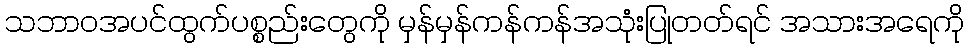
သဘာဝအပင်ထွက်ပစ္စည်းတွေကို မှန်မှန်ကန်ကန်အသုံးပြုတတ်ရင် အသားအရေကို